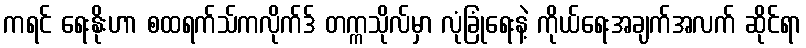
ကရင် ရေးနိုးဟာ စထရက်သ်ကလိုက်ဒ် တက္ကသိုလ်မှာ လုံခြုံရေးနဲ့ ကိုယ်ရေးအချက်အလက် ဆိုင်ရာ